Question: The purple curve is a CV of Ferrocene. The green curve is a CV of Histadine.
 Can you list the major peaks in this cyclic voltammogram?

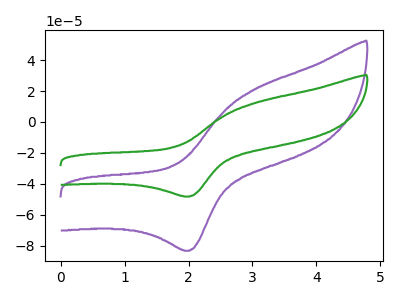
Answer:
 <answer>The purple curve "Ferrocene" has an anodic peak at (3.00V, 20.80uA) and a cathodic peak at (2.00V, -83.25uA). The green curve "Histadine" has an anodic peak at (3.00V, 12.05uA) and a cathodic peak at (2.00V, -48.20uA).</answer>
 <eval></eval>